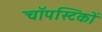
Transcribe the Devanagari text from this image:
चॉपस्टिकों